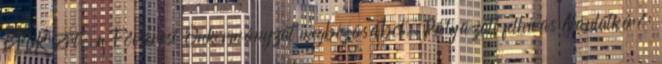
BFVK Zrt. a Fővárosi Önkormányzat megbízásából. Pályázati felhívás Ajánlatkérő: